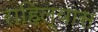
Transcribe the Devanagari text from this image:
राहिल्‍यास